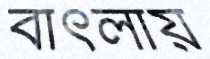
বাৎলায়